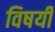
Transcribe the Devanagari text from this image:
विषयीं